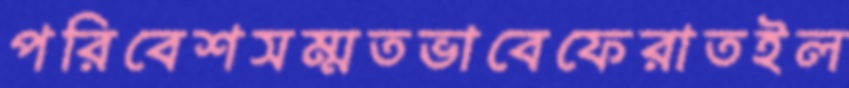
পরিবেশসম্মতভাবেফেরাতইল